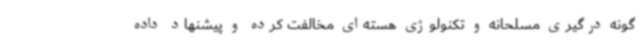
گونه درگیری مسلحانه و تکنولوژی هسته‌ای مخالفت کرده و پیشنهاد داده